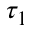
\tau _ { 1 }